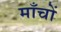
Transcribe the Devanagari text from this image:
माँचों